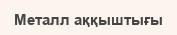
Металл аққыштығы